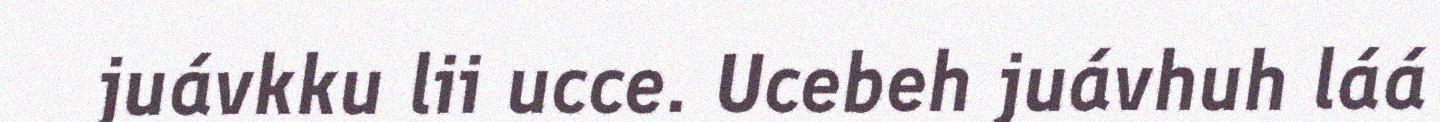
juávkku lii ucce. Ucebeh juávhuh láá